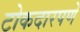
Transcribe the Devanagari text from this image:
टोकदारपणे